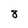
Character: 3